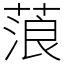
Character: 蒗